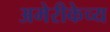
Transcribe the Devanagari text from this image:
अमेरीकेच्य